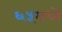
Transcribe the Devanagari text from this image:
६५मध्ये